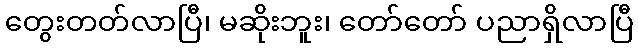
တွေးတတ်လာပြီ၊ မဆိုးဘူး၊ တော်တော် ပညာရှိလာပြီ